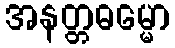
အနတ္တဓမ္မော